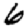
Digit: 6